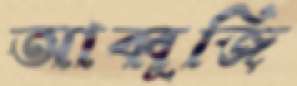
আব্বুজি